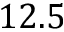
1 2 . 5